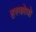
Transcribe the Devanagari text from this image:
हस्कोवो